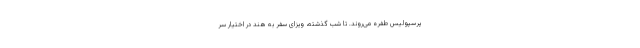
پرسپولیس طفره می‌روند. تا شب گذشته، ویزای سفر به هند در اختیار سر